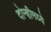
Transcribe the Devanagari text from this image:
दोन्हीमध्ये